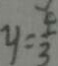
y = \frac { 4 } { 3 }